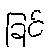
ခြင်